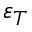
\varepsilon _ { T }